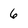
Character: 6